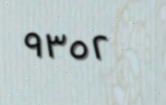
٩٣٥٢